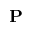
\mathbf { P }